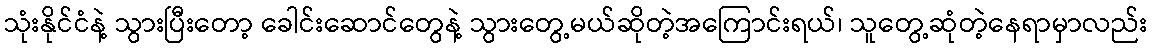
သုံးနိုင်ငံနဲ့ သွားပြီးတော့ ခေါင်းဆောင်တွေနဲ့ သွားတွေ့မယ်ဆိုတဲ့အကြောင်းရယ်၊ သူတွေ့ဆုံတဲ့နေရာမှာလည်း